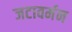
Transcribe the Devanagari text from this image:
जटावर्मन